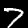
Digit: 7